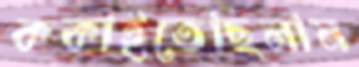
ককাইতেছিলাম